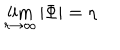
LaTeX: \lim _ { r \rightarrow \infty } | \Phi | = \eta